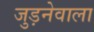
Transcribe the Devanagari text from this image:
जुड़नेवाला